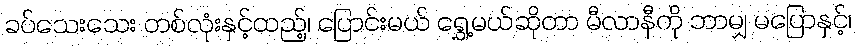
ခပ်သေးသေး တစ်လုံးနှင့်ထည့်၊ ပြောင်းမယ် ရွှေ့မယ်ဆိုတာ မီလာနီကို ဘာမျှ မပြောနှင့်၊